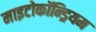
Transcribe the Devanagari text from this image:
माइटोकॉन्ड्रियम